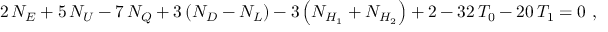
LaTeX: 2 \, N _ { E } + 5 \, N _ { U } - 7 \, N _ { Q } + 3 \left( N _ { D } - N _ { L } \right) - 3 \left( N _ { H _ { 1 } } + N _ { H _ { 2 } } \right) + 2 - 3 2 \, T _ { 0 } - 2 0 \, T _ { 1 } = 0 \ ,